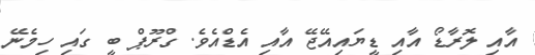
އާއި ލޮރާޑޯ އާއި ޑީޔައިއޭޖޭ އާއި އެޑްއެވެ. ގްރޫޕް ބީ ގައި ހިމެނޭ